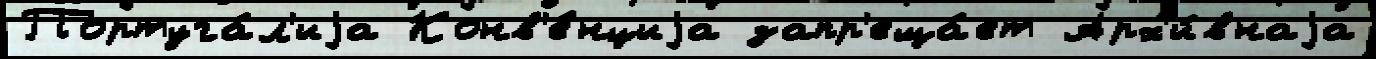
Португа́л'иjа Конв'е́нциjа запр'еща́ет Арх'и́внаjа